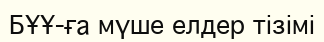
БҰҰ-ға мүше елдер тізімі